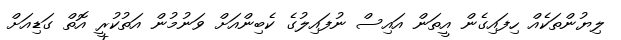
ލިޔުންތަކެއް ހިފައިގެން އީތަން އައިސް ނުފައިލުގެ ކެބިންއަށް ވަނުމުން އަތުކުރީ އޮތް ގަޑިއަށް